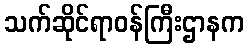
သက်ဆိုင်ရာဝန်ကြီးဌာနက